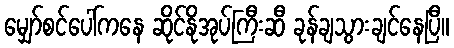
မျှော်စင်ပေါ်ကနေ ဆိုင်နိုအုပ်ကြီးဆီ ခုန်ချသွားချင်နေပြီ။